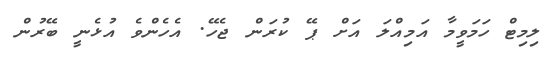
ލިމިޓް ހަމަވީމާ އަމިއްލަ އަށް ޕޭ ކުރަން ޖެހޭ. އެހެންވެ އުޅެނީ ބޭރުން